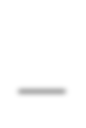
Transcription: –